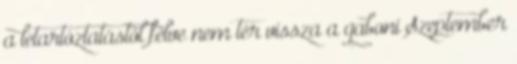
a letartóztatástól félve nem tér vissza a gaboni Szeptember